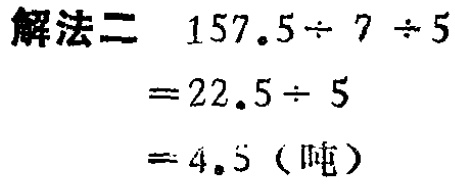
解法二

\[

\begin{align*}

&157.5\div7\div5\\

=&22.5\div5\\

=&4.5 \text{（吨）}

\end{align*}

\]